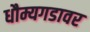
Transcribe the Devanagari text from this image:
धौम्यगडावर